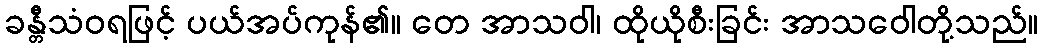
ခန္တီသံဝရဖြင့် ပယ်အပ်ကုန်၏။ တေ အာသဝါ၊ ထိုယိုစီးခြင်း အာသဝေါတို့သည်။